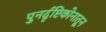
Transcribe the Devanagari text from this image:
पुनर्दृष्टिकोनातून